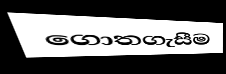
ගොතගැසීම